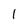
Character: 1